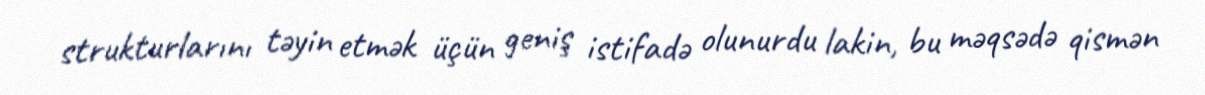
strukturlarını təyin etmək üçün geniş istifadə olunurdu lakin, bu məqsədə qismən